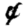
Digit: 4